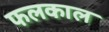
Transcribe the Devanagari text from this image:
फलकाल